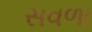
સવળા